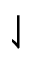
\downharpoonleft